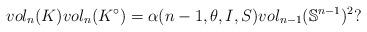
LaTeX: \begin{align*} vol_n(K)vol_n(K^{\circ})=\alpha(n-1,\theta,I,S)vol_{n-1}(\mathbb{S}^{n-1})^2?\end{align*}